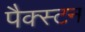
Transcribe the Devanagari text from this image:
पैक्स्टन